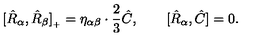
[ \hat { R } _ { \alpha } , \hat { R } _ { \beta } ] _ { { } _ { + } } = \eta _ { \alpha \beta } \cdot \frac { 2 } { 3 } \hat { C } , \qquad [ \hat { R } _ { \alpha } , \hat { C } ] = 0 .